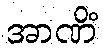
အာဏိံ